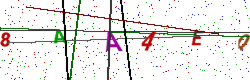
Text: 8AA4EQ